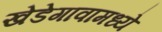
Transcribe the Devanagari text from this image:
खेडेगावामध्ये